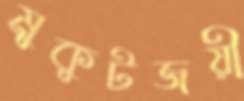
মুকুটজয়ী